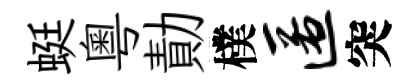
蜓粵勣樸匿突